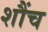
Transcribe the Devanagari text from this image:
शौंच